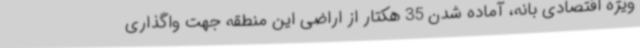
ویژه اقتصادی بانه، آماده شدن 35 هکتار از اراضی این منطقه جهت واگذاری